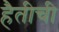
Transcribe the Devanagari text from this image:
हैतीची